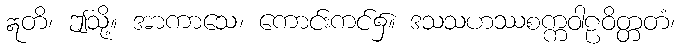
ဣတိ၊ ဤသို့။ အာကာသေ၊ ကောင်းကင်၌။ ဒသသဟဿစက္ကဝါဠဝိတ္တတံ၊